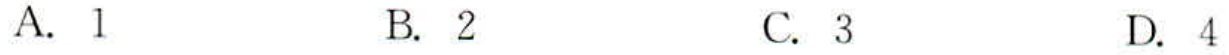
A. \(1\)  B. \(2\)  C. \(3\)  D. \(4\)